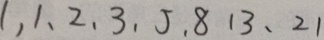
1 . 1 、 2 、 3 、 5 、 8 1 3 、 2 1